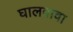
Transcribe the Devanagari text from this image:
घालवावा